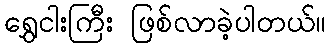
ရွှေငါးကြီး ဖြစ်လာခဲ့ပါတယ်။